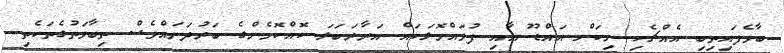
ބާވެފައިތިބި އެއްޗެހި ނިކަން އައްޑޫ އާއި ފުވައްމޮލަކައް އަރާރަބަލަ ކޮއްކޮމެންގެ ބަރުދަނައްވެސް ތިބާވަތުގެތަކެތި